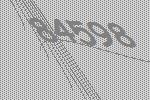
84598